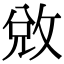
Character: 敓